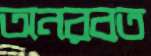
অনরবত